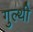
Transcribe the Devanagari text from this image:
गुल्थी